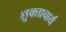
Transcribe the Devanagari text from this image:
शुक्ताचार्य